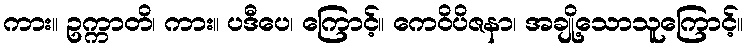
ကား။ ဥက္ကာတိ၊ ကား။ ပဒီပေ၊ ကြောင့်။ ကေဝိပိဇနာ၊ အချို့သောသူကြောင့်။